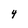
Character: 4